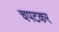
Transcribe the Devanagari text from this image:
चपटकर